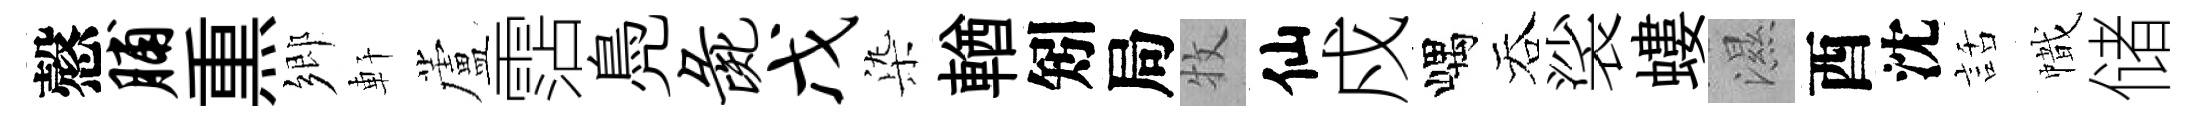
慤脯𤋱鄉軒蘆霑鳧彘戊𣑱輶矧局牧仙戍嵎吞裟螻濕酉沈話幟储